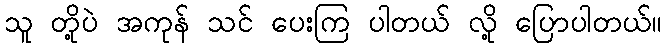
သူ တို့ပဲ အကုန် သင် ပေးကြ ပါတယ် လို့ ပြောပါတယ်။